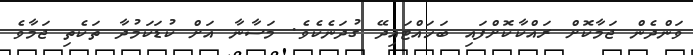
ވަންދެން ޖަމާކޮށް ރައްކާކޮށްފައި ބަހައްޓައިދޭ ގުދަނެކެވެ. މަސާނާ އަށް ކުޑަކަމުދާ ތަކެތި ޖަމާވެ